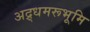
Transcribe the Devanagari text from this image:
अद्र्धमरूभूमि